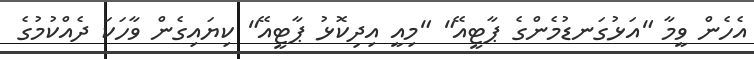
އެހެން ވީމާ "އަޅުގަނޑުމެންގެ ޕާޓީއޭ" "މިއީ އިދިކޮޅު ޕާޓީއޭ" ކިޔައިގެން ވާހަކަ ދެއްކުމުގެ